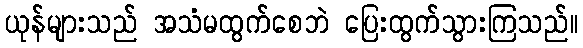
ယုန်များသည် အသံမထွက်စေဘဲ ပြေးထွက်သွားကြသည်။